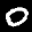
Label: 0